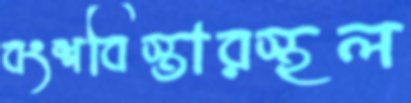
বংশবিস্তারস্থল